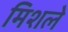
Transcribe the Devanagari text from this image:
मिशले